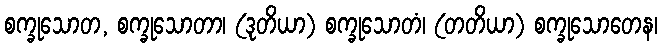
စက္ခုသောတ, စက္ခုသောတာ၊ (ဒုတိယာ) စက္ခုသောတံ၊ (တတိယာ) စက္ခုသောတေန၊